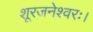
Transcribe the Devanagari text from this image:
शूरजनेश्वरः।